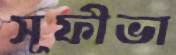
সূফীভা